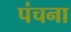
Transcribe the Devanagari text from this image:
पंचना